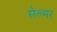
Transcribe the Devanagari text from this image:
सेल्मर